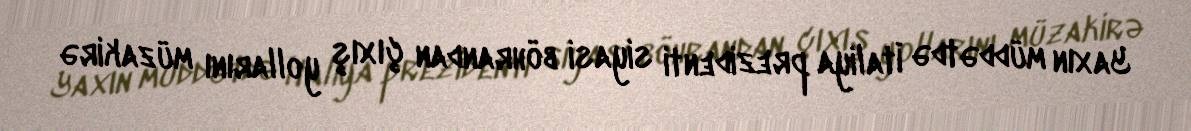
Yaxın müddətdə İtaliya prezidenti siyasi böhrandan çıxış yollarını müzakirə